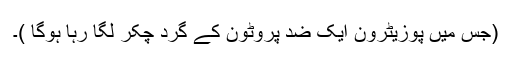
(جس میں پوزیٹرون ایک ضد پروٹون کے گرد چکر لگا رہا ہوگا )۔